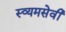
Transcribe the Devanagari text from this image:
स्व्यमसेवी